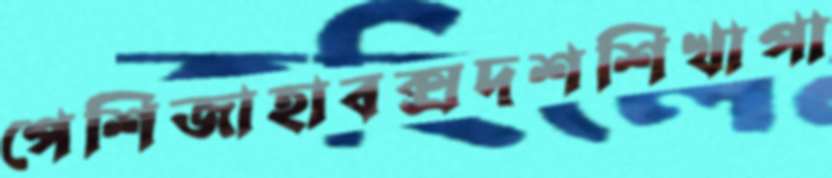
পেশিজাহাবক্সদশশিখাপা